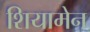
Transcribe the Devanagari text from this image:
शियामेन